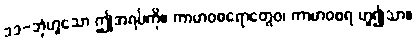
၁၁-ဘုံဟူသော ဤအရပ်ကို။ ကာမာဝစရောတွေဝ၊ ကာမာဝစရ ဟူ၍သာ။